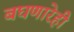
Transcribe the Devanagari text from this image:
बघणारेही